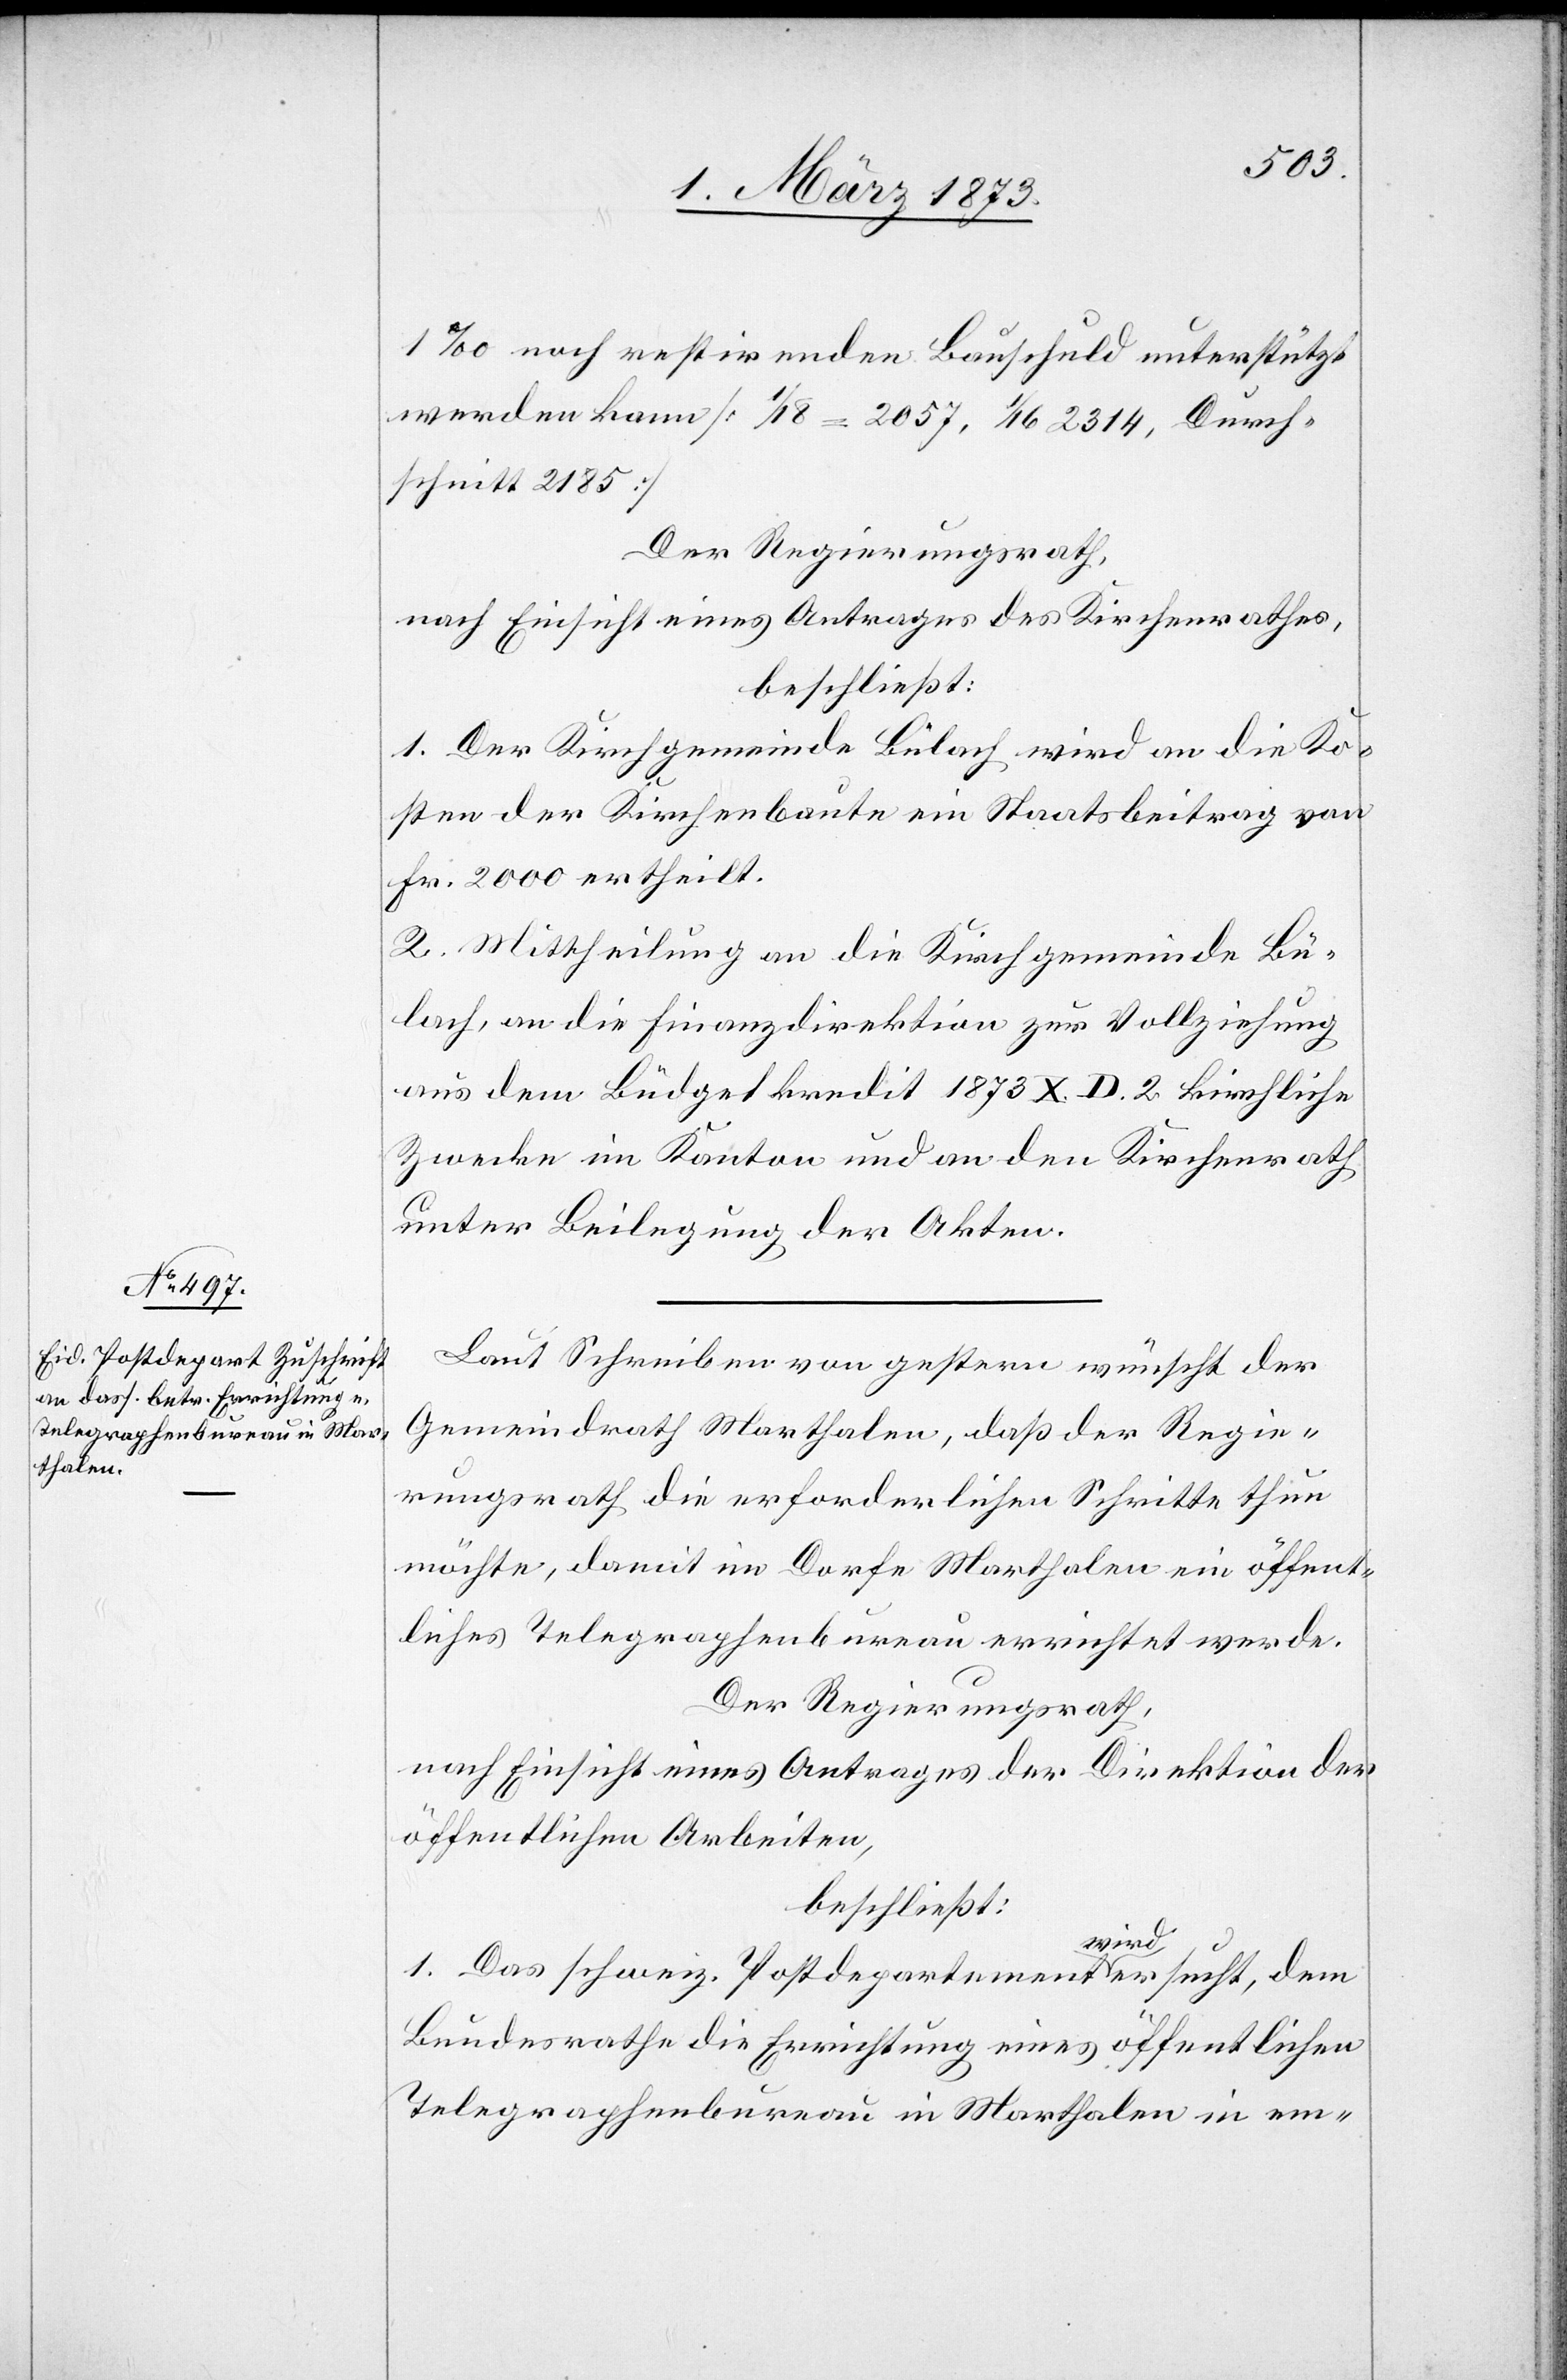
1‰ noch restirenden Bauschuld unterstützt
werden kann [1/18=2057, 1/16 2314, Durch¬
schnitt 2185]
Der Regierungsrath,
nach Einsicht eines Antrages des Kirchenrathes,
beschließt:
1. Der Kirchgemeinde Bülach wird an die Ko¬
sten der Kirchenbaute ein Staatsbeitrag von
Fr. 2000 ertheilt.
2. Mittheilung an die Kirchgemeinde Bü¬
lach, an die Finanzdirektion zur Vollziehung
aus dem Budgetkredit 1873 X. D. 2 kirchliche
Zwecke im Kanton und an den Kirchenrath
unter Beilegung der Akten.
Laut Schreiben von gestern wünscht der
Gemeindrath Marthalen, daß der Regie¬
rungsrath die erforderlichen Schritte thun
möchte, damit im Dorfe Marthalen ein öffent¬
liches Telegraphenbureau errichtet werde.
Der Regierungsrath,
nach Einsicht eines Antrages der Direktion der
öffentlichen Arbeiten,
beschließt:
1. Das schweiz. Postdepartement wird ersucht, dem
Bundesrathe die Errichtung eines öffentlichen
Telegraphenbureau in Marthalen in em-